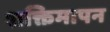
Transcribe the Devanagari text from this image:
शक्तिमापन